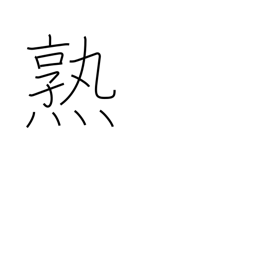
Meaning: acquire skill